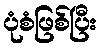
ပုံစံဖြစ်ပြီး